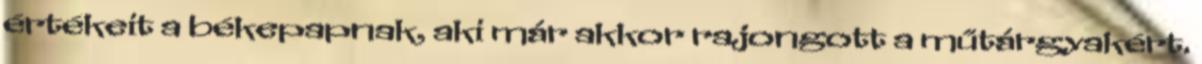
értékeit a békepapnak, aki már akkor rajongott a műtárgyakért.